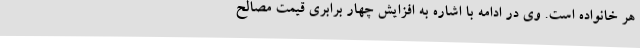
هر خانواده است. وی در ادامه با اشاره به افزایش چهار برابری قیمت مصالح